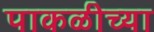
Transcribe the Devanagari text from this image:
पाकळीच्या